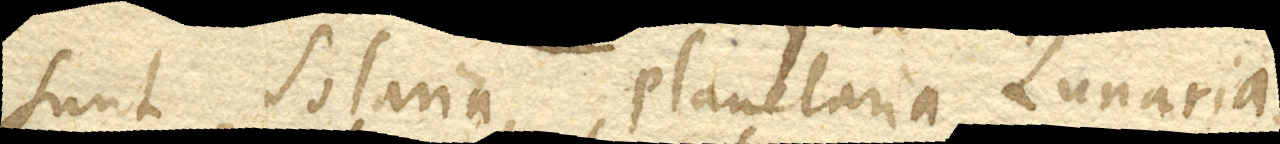
sunt Solaria, Planetaria, Lunaria.